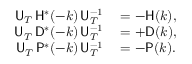
\begin{array} { r l } { { \sf U } _ { T } \, { \sf H } ^ { * } ( - k ) \, { \sf U } _ { T } ^ { - 1 } } & { { } = - { \sf H } ( k ) , } \\ { { \sf U } _ { T } \, { \sf D } ^ { * } ( - k ) \, { \sf U } _ { T } ^ { - 1 } } & { { } = + { \sf D } ( k ) , } \\ { { \sf U } _ { T } \, { \sf P } ^ { * } ( - k ) \, { \sf U } _ { T } ^ { - 1 } } & { { } = - { \sf P } ( k ) . } \end{array}